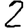
Digit: 2